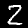
Label: 2